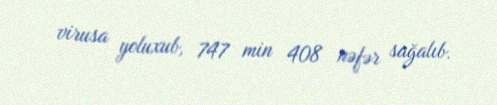
virusa yoluxub, 747 min 408 nəfər sağalıb.